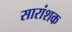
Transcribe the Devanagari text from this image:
सारांशक